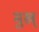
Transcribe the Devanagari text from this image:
मुख्